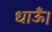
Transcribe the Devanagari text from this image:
धाऊँ।